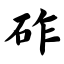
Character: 砟